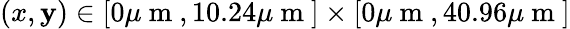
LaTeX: \left(x,\mathbf{y}\right)\in[0\mu\mathrm{{~m~}},10.24\mu\mathrm{{~m~}}]\times[0\mu\mathrm{{~m~}},40.96\mu\mathrm{{~m~}}]